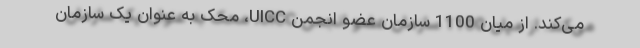
می‌کند. از میان 1100 سازمان عضو انجمن UICC، محک به عنوان یک سازمان